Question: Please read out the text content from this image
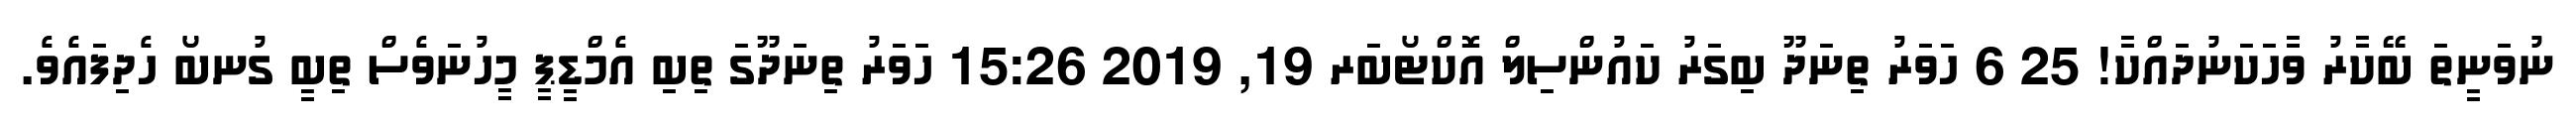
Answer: ނުވަނީތަ ބޭކާރު ވާހަކަނުދައްކާ! 25 6 ހަވަރު ތިނަދޫ ބިގަރު ކައުންސިލް އޮކްޓޯބަރ 19, 2019 15:26 ހަވަރު ތިނަދޫގަ ތިބި އެމްޑީޕީ މީހުނަވެސް ތިބީ ގުނބޯ ހެދިފައެވެ.